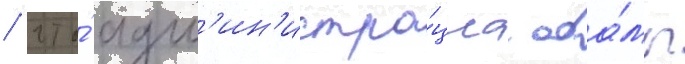
/ что́ адм'ин'истра́циа оба́мы